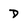
Character: d